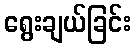
ရွေးချယ်ခြင်း